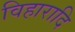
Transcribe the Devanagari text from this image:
विहारादि